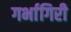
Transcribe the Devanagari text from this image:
गर्भागिरी